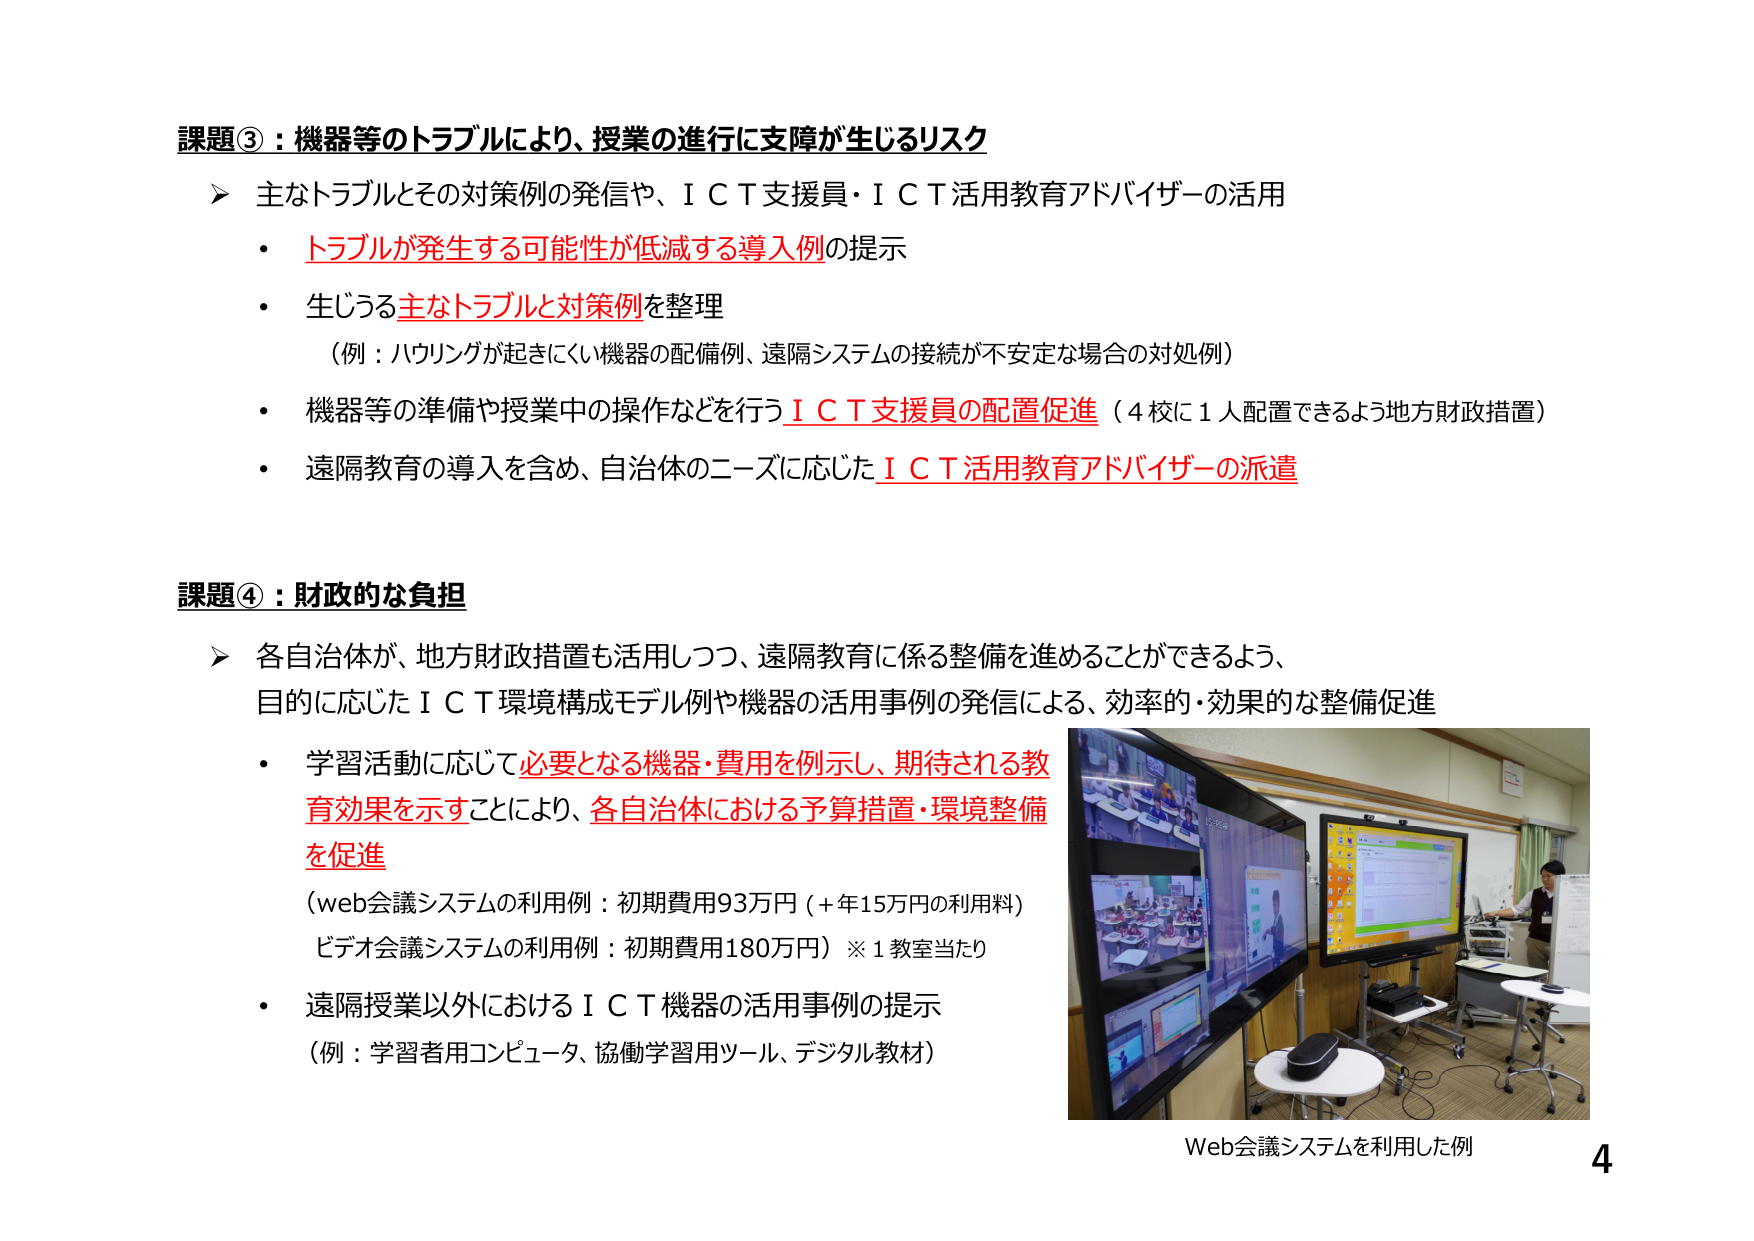
課題③：機器等のトラブルにより、授業の進行に支障が生じるリスク
➤ 主なトラブルとその対策例の発信や、ＩＣＴ支援員・ＩＣＴ活用教育アドバイザーの活用
・ トラブルが発生する可能性が低減する導入例の提示
・ 生じうる主なトラブルと対策例を整理
　（例：ハウリングが起きにくい機器の配備例、遠隔システムの接続が不安定な場合の対処例）
・ 機器等の準備や授業中の操作などを行うＩＣＴ支援員の配置促進（４校に１人配置できるよう地方財政措置）
・ 遠隔教育の導入を含め、自治体のニーズに応じたＩＣＴ活用教育アドバイザーの派遣

課題④：財政的な負担
➤ 各自治体が、地方財政措置も活用しつつ、遠隔教育に係る整備を進めることができるよう、
　目的に応じたＩＣＴ環境構成モデル例や機器の活用事例の発信による、効率的・効果的な整備促進
・ 学習活動に応じて必要となる機器・費用を例示し、期待される教育効果を示すことにより、各自治体における予算措置・環境整備を促進
　（web会議システムの利用例：初期費用93万円（＋年15万円の利用料）
　ビデオ会議システムの利用例：初期費用180万円）※１教室当たり
・ 遠隔授業以外におけるＩＣＴ機器の活用事例の提示
　（例：学習者用コンピュータ、協働学習用ツール、デジタル教材）

Web会議システムを利用した例
4